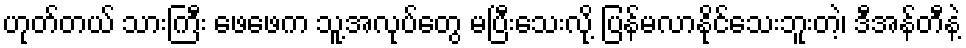
ဟုတ်တယ် သားကြီး ဖေဖေက သူ့အလုပ်တွေ မပြီးသေးလို့ ပြန်မလာနိုင်သေးဘူးတဲ့၊ ဒီအန်တီနဲ့